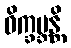
ဝိက္ခမ္ဘန္တိ